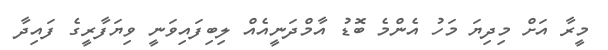
މީރާ އަށް މިދިޔަ މަހު އެންމެ ބޮޑު އާމްދަނީއެއް ލިބިފައިވަނީ ވިޔަފާރީގެ ފައިދާ